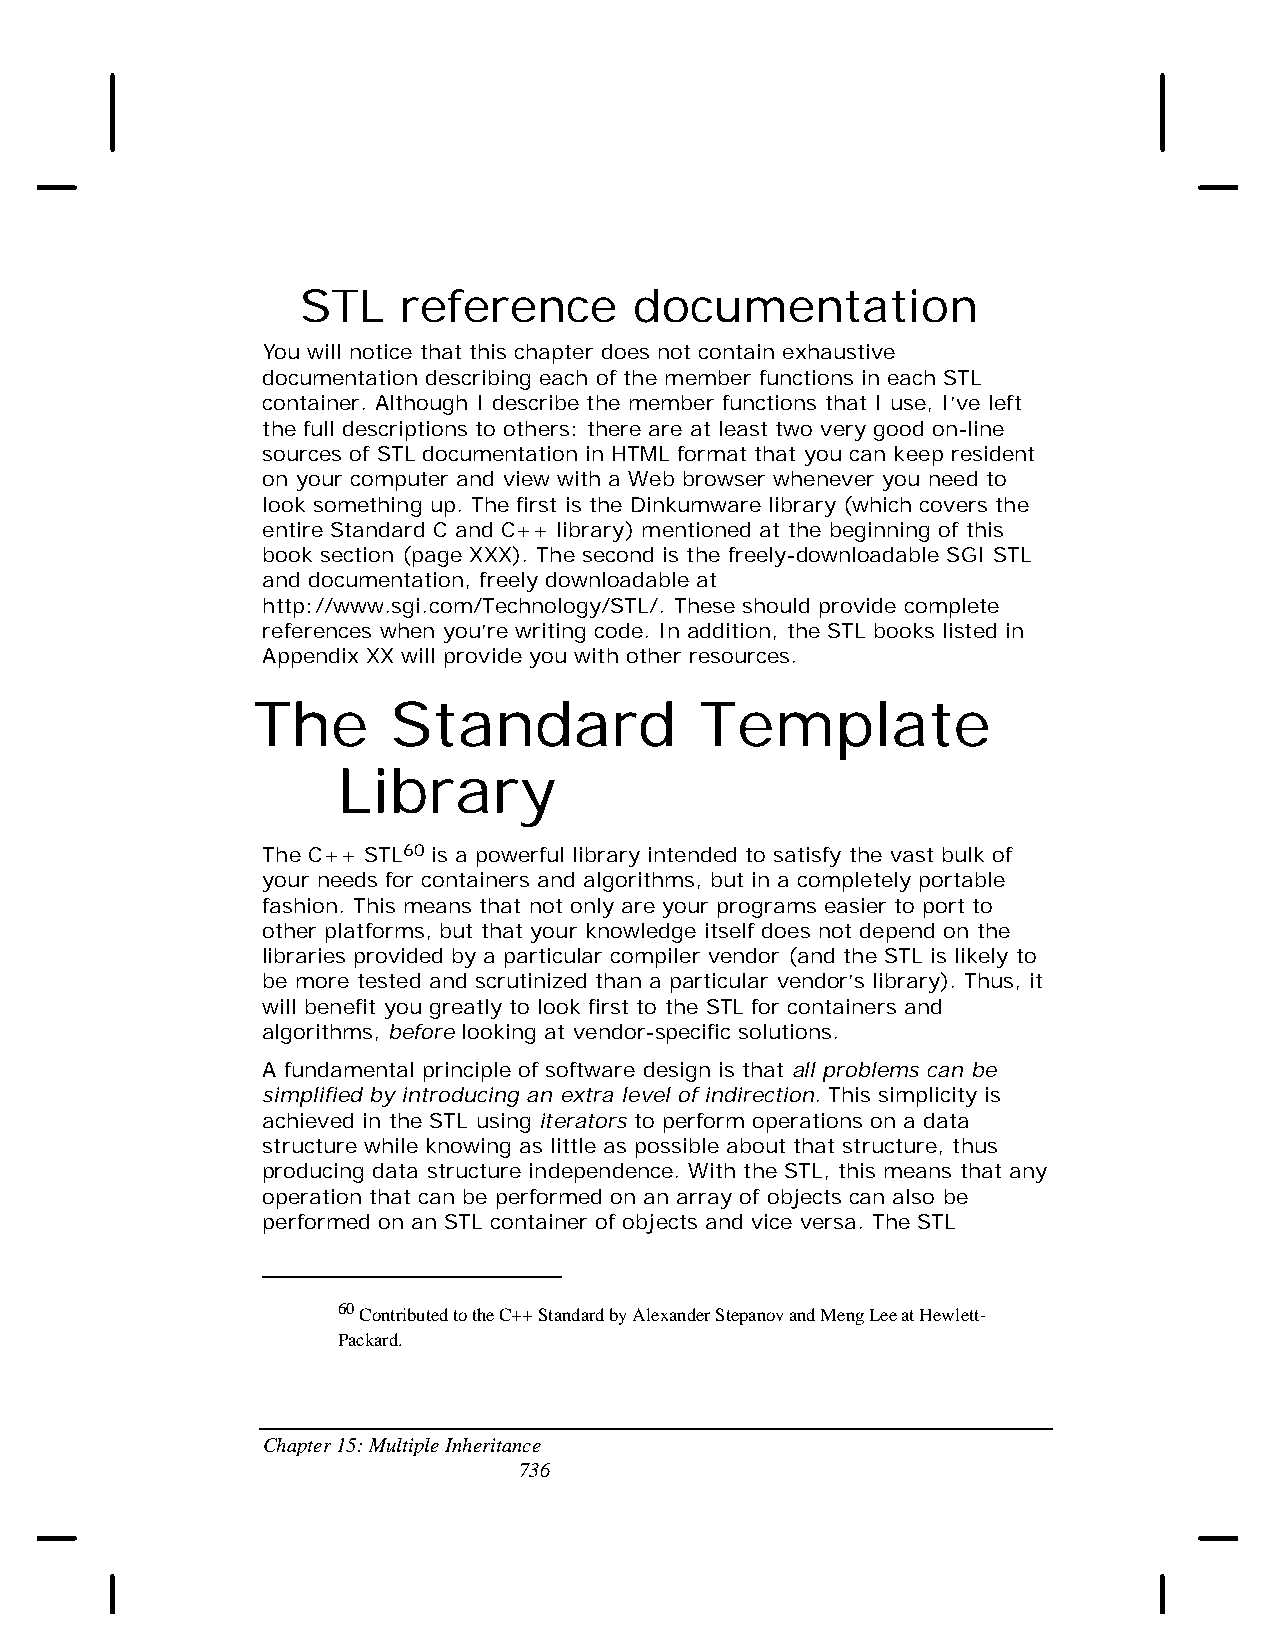
STL    reference      documentation
 You will notice that this chapter does not contain exhaustive
 documentation describing each of the member functions in each STL
 container. Although I describe the member functions that I use, I’ve left
 the full descriptions to others: there are at least two very good on-line
 sources of STL documentation in HTML format that you can keep resident
 on your computer and view with a Web browser whenever you need to
 look something up. The first is the Dinkumware library (which covers the
 entire Standard C and C++ library) mentioned at the beginning of this
 book section (page XXX). The second is the freely-downloadable SGI STL
 and documentation, freely downloadable at
 http://www.sgi.com/Technology/STL/. These should provide complete
 references when you’re writing code. In addition, the STL books listed in
 Appendix XX will provide you with other resources.
 The      Standard            Template
 Library
 The C++ STL60 is a powerful library intended to satisfy the vast bulk of
 your needs for containers and algorithms, but in a completely portable
 fashion. This means that not only are your programs easier to port to
 other platforms, but that your knowledge itself does not depend on the
 libraries provided by a particular compiler vendor (and the STL is likely to
 be more tested and scrutinized than a particular vendor’s library). Thus, it
 will benefit you greatly to look first to the STL for containers and
 algorithms, before looking at vendor-specific solutions.
 A fundamental principle of software design is that all problems can be
 simplified by introducing an extra level of indirection. This simplicity is
 achieved in the STL using iterators to perform operations on a data
 structure while knowing as little as possible about that structure, thus
 producing data structure independence. With the STL, this means that any
 operation that can be performed on an array of objects can also be
 performed on an STL container of objects and vice versa. The STL
 60 Contributed to the C++ Standard by Alexander Stepanov and Meng Lee at Hewlett-
 Packard.
 Chapter 15: Multiple Inheritance
 736